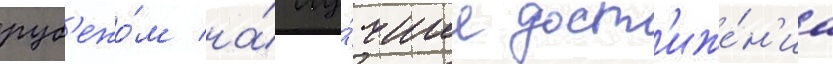
руб'ежо́м на́ лу́чшие дост'иже́н'иа